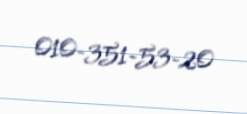
010-351-53-20